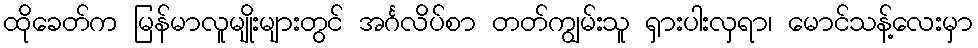
ထိုခေတ်က မြန်မာလူမျိုးများတွင် အင်္ဂလိပ်စာ တတ်ကျွမ်းသူ ရှားပါးလှရာ၊ မောင်သန့်လေးမှာ